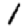
Digit: 1